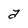
Character: a